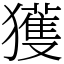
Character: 獲